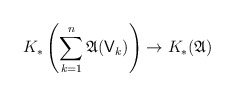
\begin{align*} K_\ast\left(\sum_{k=1}^n \mathfrak A(\mathsf V_k)\right) \to K_\ast(\mathfrak A) \end{align*}